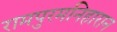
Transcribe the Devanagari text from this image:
रामपुरमनिहारान